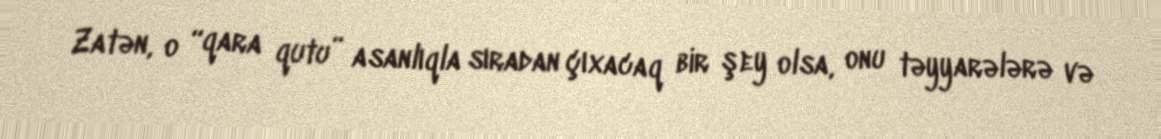
Zatən, o “qara qutu” asanlıqla sıradan çıxacaq bir şey olsa, onu təyyarələrə və